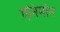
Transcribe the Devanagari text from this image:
एनिमोन